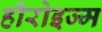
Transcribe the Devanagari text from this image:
हीरोइज्म